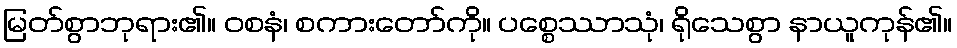
မြတ်စွာဘုရား၏။ ဝစနံ၊ စကားတော်ကို။ ပစ္စေဿာသုံ၊ ရိုသေစွာ နာယူကုန်၏။